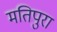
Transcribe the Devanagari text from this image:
मतिपुरा